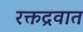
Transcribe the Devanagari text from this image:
रक्तद्रवात